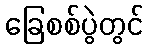
ခြေစစ်ပွဲတွင်